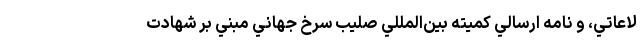
لاعاتي، و نامه ارسالي كميته بين‌المللي صليب سرخ جهاني مبني بر شهادت